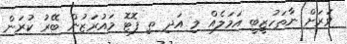
ވަރަށް ނާތަހުޒީބީ އަމަލެއް މި އަދި ތި ފޮޓޮ މައުރަޒުން ބޭރު ކުރަން